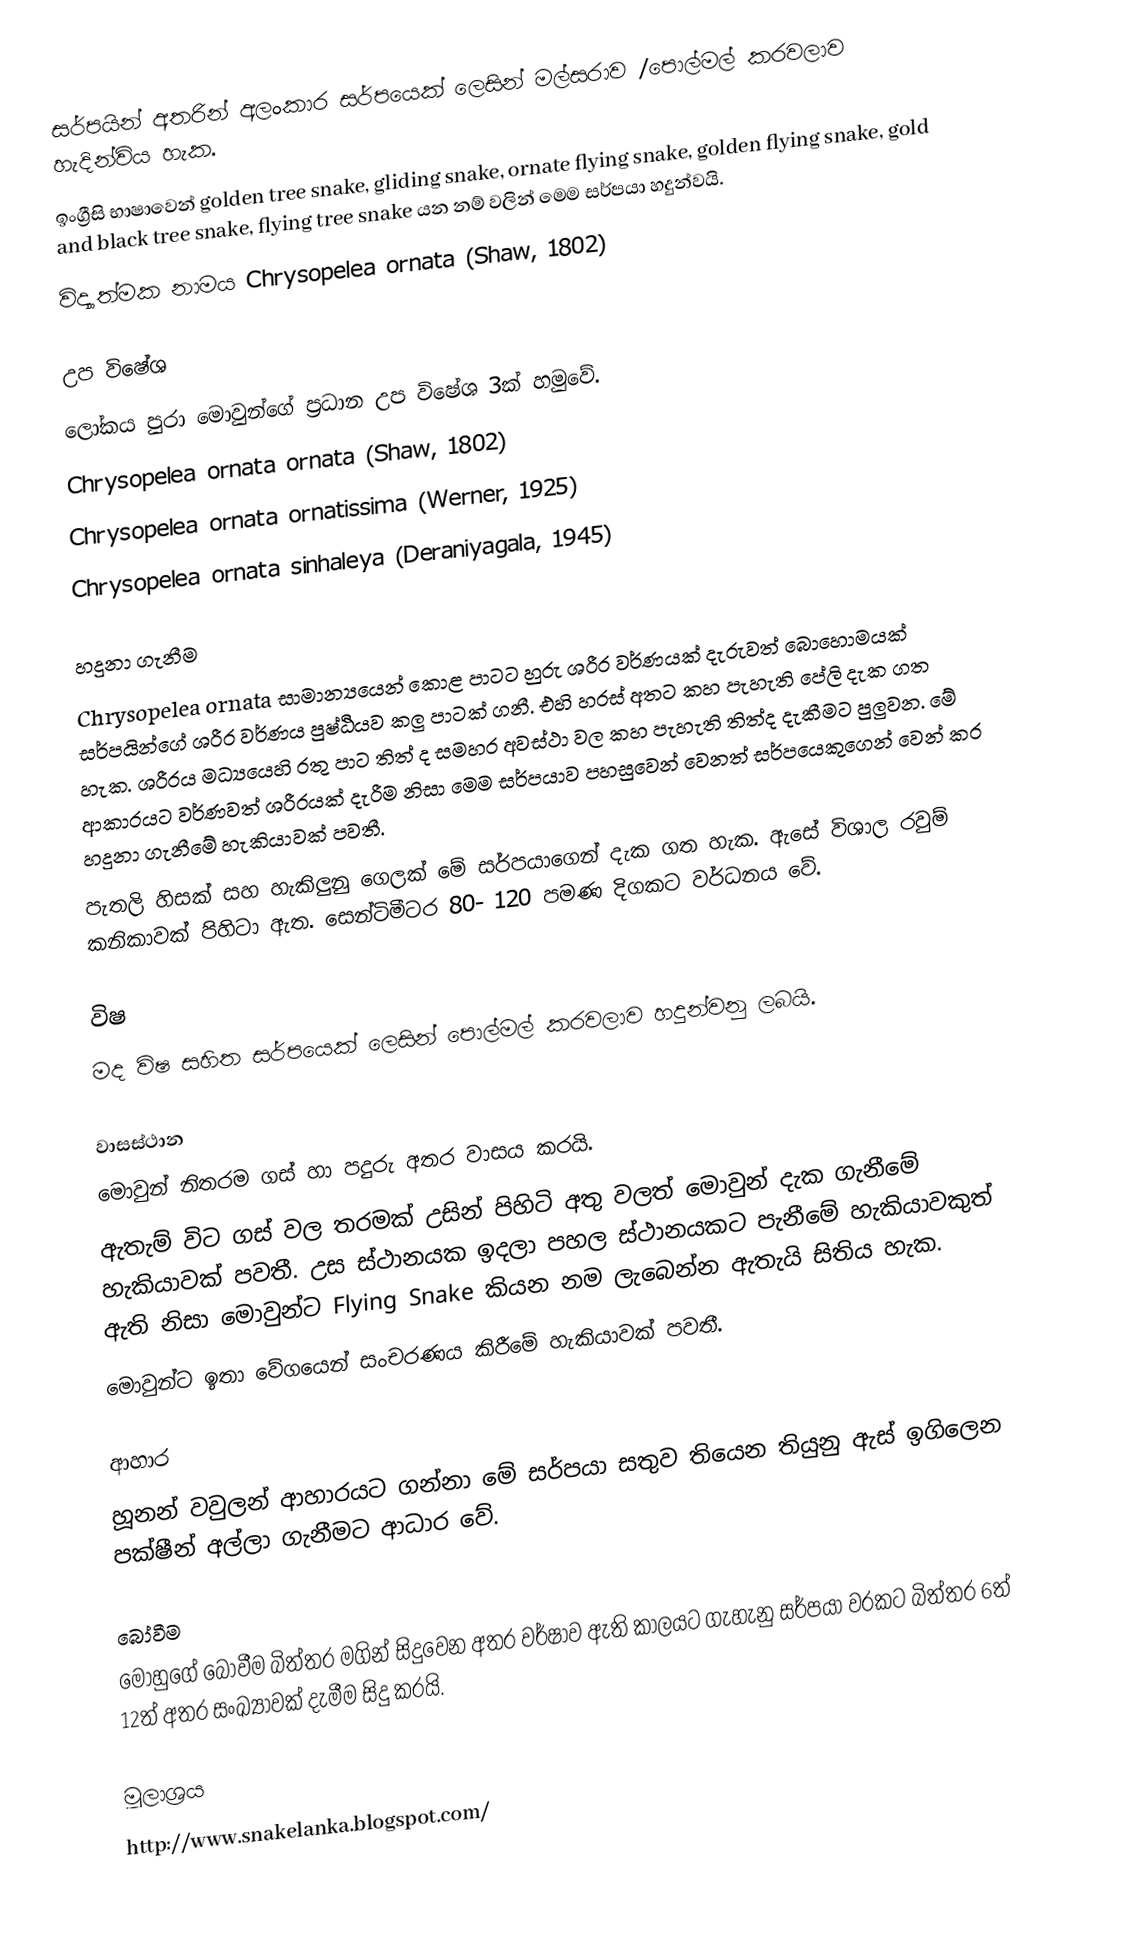
සර්පයින් අතරින් අලංකාර සර්පයෙක් ලෙසින් මල්සරාව /පොල්මල් කරවලාව හැදින්විය හැක.
ඉංග්‍රීසි භාෂාවෙන් golden tree snake, gliding snake, ornate flying snake, golden flying snake,  gold and black tree snake, flying tree snake යන නම් වලින් මෙම සර්පයා හදුන්වයි.
විද්‍යාත්මක නාමය Chrysopelea ornata  (Shaw, 1802)

උප විෂේශ
ලෝකය පුරා මොවුන්ගේ ප්‍රධාන උප විෂේශ 3ක් හමුවේ.
Chrysopelea ornata ornata (Shaw, 1802)
Chrysopelea ornata ornatissima (Werner, 1925)
Chrysopelea ornata sinhaleya (Deraniyagala, 1945)

හදුනා ගැනීම
Chrysopelea ornata සාමාන්‍යයෙන් කොළ පාටට හුරු ශරීර වර්ණයක් දැරුවත් බොහොමයක් සර්පයින්ගේ ශරීර වර්ණය පුෂ්ඨියව කලු පාටක් ගනී. එහි හරස් අතට කහ පැහැති පේලි දැක ගත හැක. ශරීරය මධ්‍යයෙහි රතු පාට තිත් ද සමහර අවස්ථා වල කහ පැහැති තිත්ද දැකීමට පුලුවන. මේ ආකාරයට වර්ණවත් ශරීරයක් දැරීම නිසා මෙම සර්පයාව පහසුවෙන් වෙනත් සර්පයෙකුගෙන් වෙන් කර හදුනා ගැනීමේ හැකියාවක් පවතී.
පැතලි හිසක් සහ හැකිලුනු ගෙලක් මේ සර්පයාගෙන් දැක ගත හැක. ඇසේ විශාල රවුම් කනිකාවක් පිහිටා ඇත.  සෙන්ටිමීටර 80- 120 පමණ දිගකට වර්ධනය වේ.

විෂ
මද විෂ  සහිත සර්පයෙක් ලෙසින් පොල්මල් කරවලාව හදුන්වනු ලබයි.

වාසස්ථාන
මොවුන් නිතරම ගස් හා පදුරු අතර වාසය කරයි.
ඇතැම් විට ගස් වල තරමක් උසින් පිහිටි අතු වලත් මොවුන් දැක ගැනීමේ හැකියාවක් පවතී. උස ස්ථානයක ඉදලා පහල ස්ථානයකට පැනීමේ හැකියාවකුත් ඇති නිසා මොවුන්ට Flying Snake කියන නම ලැබෙන්න ඇතැයි සිතිය හැක.
මොවුන්ට ඉතා වේගයෙන් සංචරණය කිරීමේ හැකියාවක් පවතී.

ආහාර
හූනන් වවුලන් ආහාරයට ගන්නා මේ සර්පයා සතුව තියෙන තියුනු ඇස් ඉගිලෙන පක්ෂීන් අල්ලා ගැනීමට ආධාර වේ.

බෝවීම
මොහුගේ බෝවීම බිත්තර මගින් සිදුවෙන අතර වර්ෂාව ඇති කාලයට ගැහැනු සර්පයා වරකට බිත්තර 6ත් 12ත් අතර සංඛ්‍යාවක් දැමීම සිදු කරයි.

මූලාශ්‍රය
http://www.snakelanka.blogspot.com/